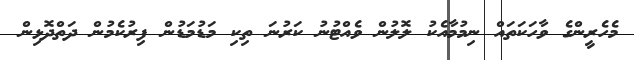
މެހެރީންގެ ވާހަކަތައް ނިމުމާއެކު ލޮލުން ވެއްޓުނު ކަރުނަ ތިކި މަޑުމަޑުން ފިރުކެމުން ދަތްދޮޅިން